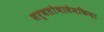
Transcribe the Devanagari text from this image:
सर्वतोभावेनकिया